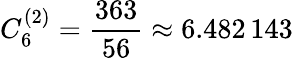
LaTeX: C_{6}^{(2)}=\frac{363}{56}\approx 6.482\, 143